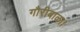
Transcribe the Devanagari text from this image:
गौरीबाळा।